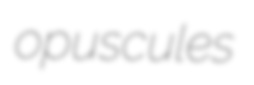
opuscules